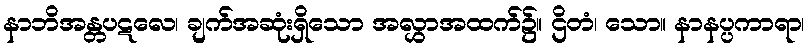
နာဘိအန္တပဋလေ၊ ချက်အဆုံးရှိသော အလွှာအထက်၌။ ဌိတံ၊ သော။ နာနပ္ပကာရာ၊